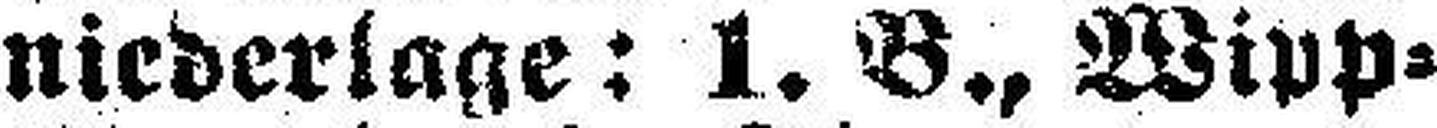
niederlage: 1. B., Wipp¬